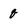
Character: q